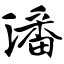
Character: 潘